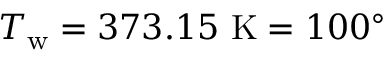
T _ { \mathrm { w } } = 3 7 3 . 1 5 ~ \mathrm { K } = 1 0 0 ^ { \circ }